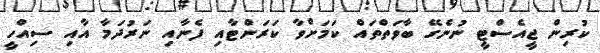
ކުރިން ޖީއެސްޓީ ނުނެގޭ ބާވަތްތައް ކަމަށްވާ ކަރަންޓާއި ފެނާއި ނަރުދަމާ އާއި ސިއްހީ